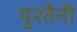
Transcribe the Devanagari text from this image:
पुश्‍तैनी